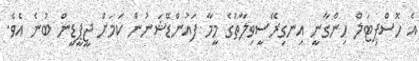
އެ ހޮސްޕިޓަލް ހިންގާނީ އިނގިރޭސީވިލާތުގެ މީމާ ފައުންޑޭޝަނުން ކަމަށް ޖީޕީޑީން ބުނެ އެވެ.